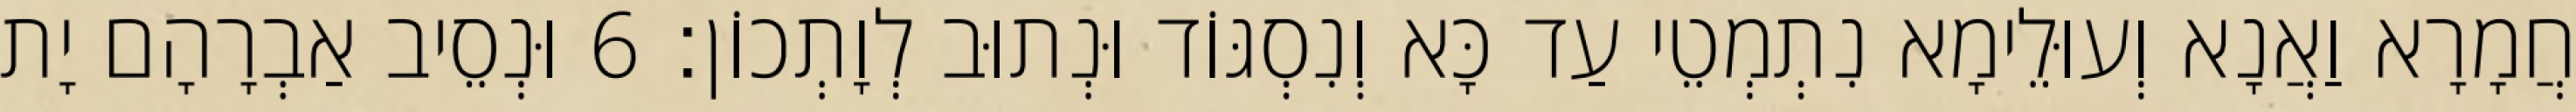
חֲמָרָא וַאֲנָא וְעוּלֵימָא נִתְמְטֵי עַד כָּא וְנִסְגּוֹד וּנְתוּב לְוָתְכוֹן׃ 6 וּנְסֵיב אַבְרָהָם יָת